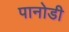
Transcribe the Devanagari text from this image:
पानोडी